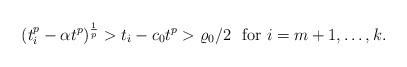
LaTeX: \begin{align*}(t_i^p-\alpha t^p)^{\frac1p}>t_i-c_0t^p>\varrho_0/2\mbox{ \ for $i=m+1,\ldots,k$}.\end{align*}